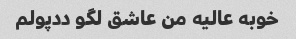
خوبه عالیه من عاشق لگو ددپولم